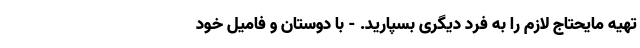
تهیه مایحتاج لازم را به فرد دیگری بسپارید. - با دوستان و فامیل خود